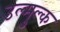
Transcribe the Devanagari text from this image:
उल्मुल्क